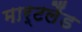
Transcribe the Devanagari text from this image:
मार्टलैंड